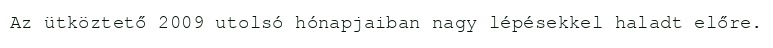
Az ütköztető 2009 utolsó hónapjaiban nagy lépésekkel haladt előre.